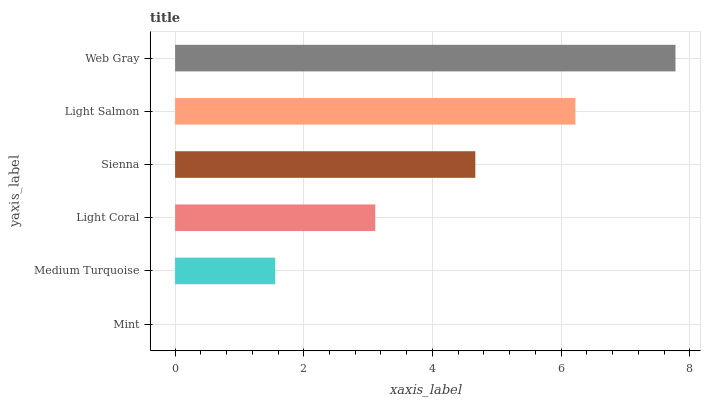
| yaxis_label | bars |
 | --- | --- |
 | Mint | 0 |
 | Medium Turquoise | 1.56 |
 | Light Coral | 3.11 |
 | Sienna | 4.67 |
 | Light Salmon | 6.22 |
 | Web Gray | 7.78 |